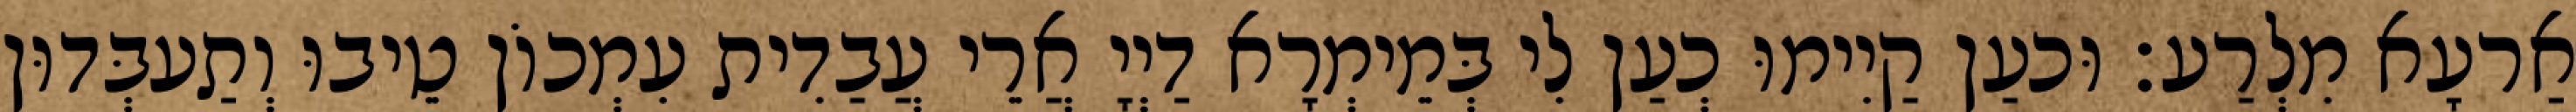
אַרעָא מִלְרַע׃ וּכעַן קַיִימוּ כְעַן לִי בְּמֵימְרָא דַיְיָ אֲרֵי עֲבַדִית עִמְכוֹן טֵיבוּ וְתַעבְּדוּן